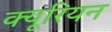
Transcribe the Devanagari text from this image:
क्यूरियन